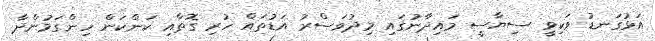
އަޅުގަނޑު ވަކިވީ ސިޔާސީ މައިދާނުގައި މިދުވަސްރު އަޑުތައް ހުރި ގޮތާއި ކަންކަން ހިންގަމުންދާ